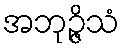
အဘုဉ္ဇိသံ